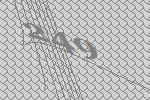
249